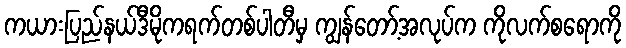
ကယားပြည်နယ်ဒီမိုကရက်တစ်ပါတီမှ ကျွန်တော့်အလုပ်က ကိုလက်စရောကို